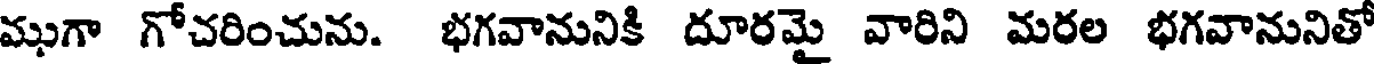
ముగా గోచరించును. భగవానునికి దూరమై వారిని మరల భగవానునితో